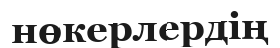
нөкерлердің